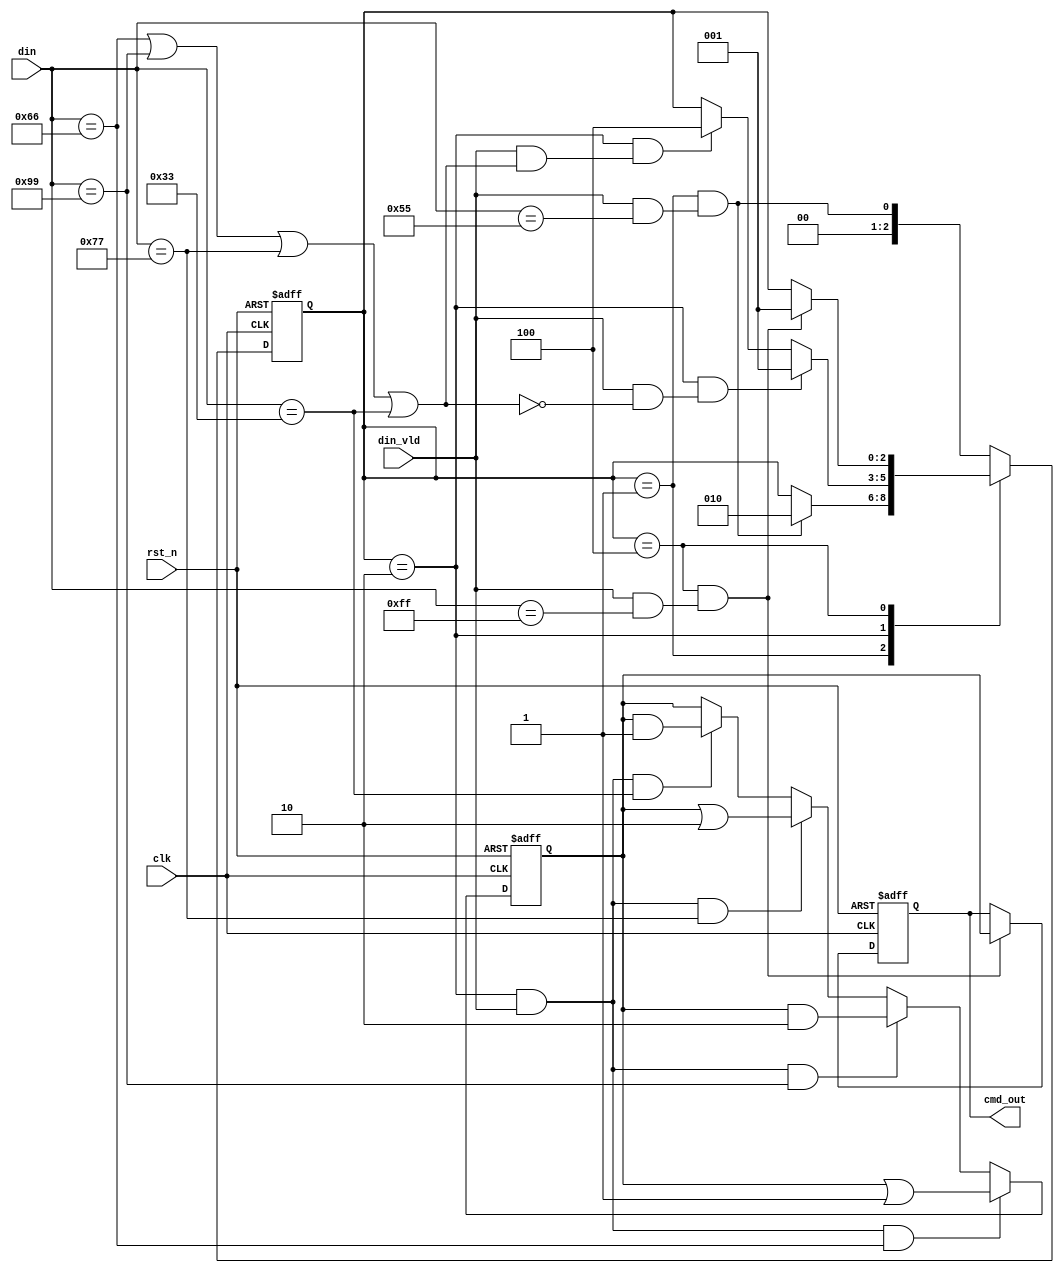
module cmd_analy( 
input				clk		,
input				rst_n	,
input				din_vld	,
input	    [7:0]	din		,
output reg	[1:0]   cmd_out	                 	
);	

    //			 
parameter  FRAME_HEAD = 3'b001; 
parameter  FRAME_DATE = 3'b010;
parameter  FRAME_TAIL = 3'b100;

localparam   HEAD = 8'h55    ;
localparam   LED_ON = 8'h66  ;
localparam   LED_OFF = 8'h99 ;
localparam   BEEP_ON = 8'h77 ;
localparam   BEEP_OFF = 8'h33;
localparam   TAIL = 8'hff    ;

//

wire	    frame_head2data;
wire        data2frame_head;
wire        data2frame_tail;
wire	    frame_tail2frame_head; 

reg	[2:0]		state_c;//
reg	[2:0]		state_n;//

reg  [1:0]      cnt_out;

//
always@(posedge clk or negedge rst_n)begin
	if(!rst_n)begin
		state_c <= FRAME_HEAD;
	end
	else begin
		state_c <= state_n;
	end
end

//
always@(*)begin
	case(state_c)
		FRAME_HEAD:begin
			if(frame_head2data)
			state_n = FRAME_DATE;
			else
			state_n = state_c;
		end
		FRAME_DATE:begin
			if(data2frame_head)
			state_n = FRAME_HEAD;
			else if(data2frame_tail)
			state_n = FRAME_TAIL;
			else 
			state_n = state_c;
		end
		FRAME_TAIL:begin
			if(frame_tail2frame_head)
			state_n = FRAME_HEAD;
			else
			state_n = state_c;
		end
		default:state_n = frame_head2data;
	endcase
end

assign  frame_head2data        = (state_c == FRAME_HEAD) && (din_vld && din == HEAD);
assign  data2frame_head        = (state_c == FRAME_DATE) && (din_vld && (!(din == LED_ON || din == LED_OFF || din == BEEP_ON || din == BEEP_OFF)));
assign  data2frame_tail        = (state_c == FRAME_DATE) && (din_vld && (din == LED_ON || din == LED_OFF || din == BEEP_ON || din == BEEP_OFF));
assign  frame_tail2frame_head  = (state_c == FRAME_TAIL) && (din_vld && din == TAIL);

//
always@(posedge clk or negedge rst_n)begin
	if(!rst_n)begin
		cnt_out <= 2'b00;
	end
	else if( state_c==FRAME_DATE && din_vld && (din == LED_ON ))begin
		cnt_out <= (cnt_out | 2'b01);
	end
    else if( state_c==FRAME_DATE && din_vld && (din == LED_OFF )) begin
		cnt_out <= (cnt_out & 2'b10);
	end
    else if( state_c==FRAME_DATE && din_vld && (din == BEEP_ON )) begin
		cnt_out <= (cnt_out | 2'b10);
	end
    else if( state_c==FRAME_DATE && din_vld && (din == BEEP_OFF )) begin
		cnt_out <= (cnt_out & 2'b01);
	end
	else
		cnt_out <= cnt_out;
end

always@(posedge clk or negedge rst_n)begin
	if(!rst_n)begin
		cmd_out <= 2'b00;
	end
	else if(frame_tail2frame_head)begin
		cmd_out <= cnt_out;
	end
	else begin
		cmd_out <= cmd_out;
	end
end


endmodule